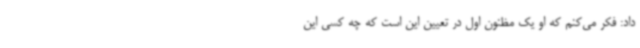
داد: فکر می‌کنم که او یک مظنون اول در تعیین این است که چه کسی این